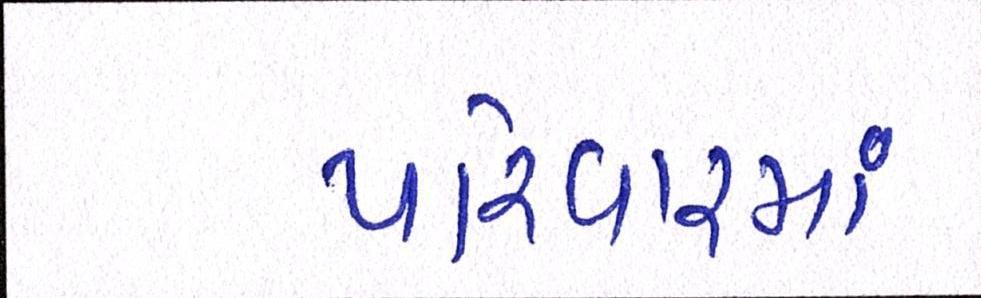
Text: પરિવારમાં